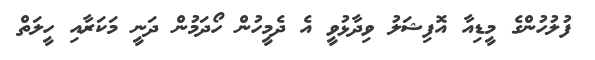
ފުލުހުންގެ މީޑިއާ އޮފިޝަލު ވިދާޅުވީ އެ ދެމީހުން ހޯދަމުން ދަނީ މަކަރާއި ހީލަތް